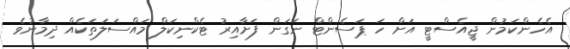
އެހެންކަމުން ޖީއެސްޓީ އަށް ހަ ޕަސެންޓް ނަގަން ފަށާއިރު ޓެކްނިކަލް މައްސަލަތަކެއް ދިމާނުވެ